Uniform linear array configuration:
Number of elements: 16
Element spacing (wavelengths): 0.5
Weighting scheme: blackman
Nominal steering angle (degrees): -45
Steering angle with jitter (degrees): -44.501
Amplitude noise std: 0.05
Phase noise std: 0.05

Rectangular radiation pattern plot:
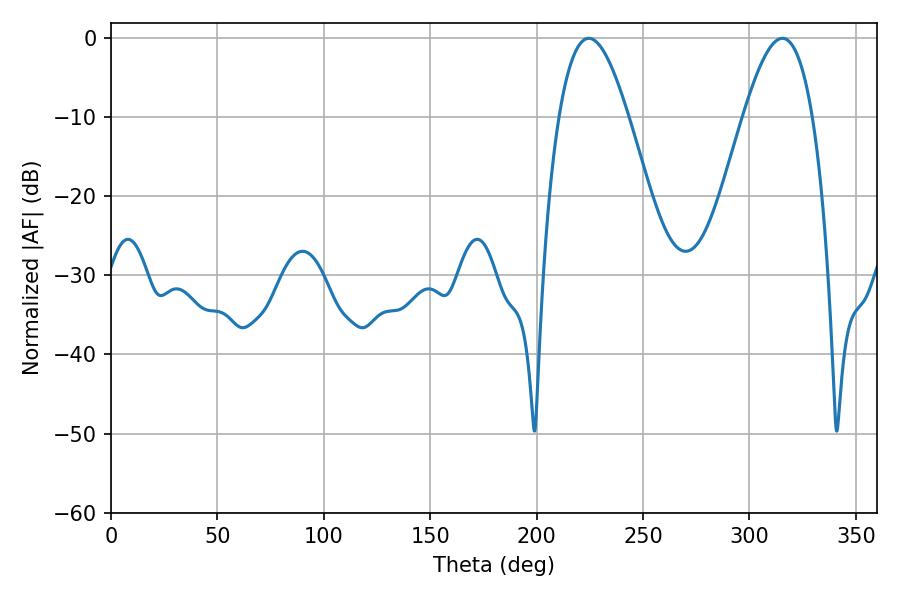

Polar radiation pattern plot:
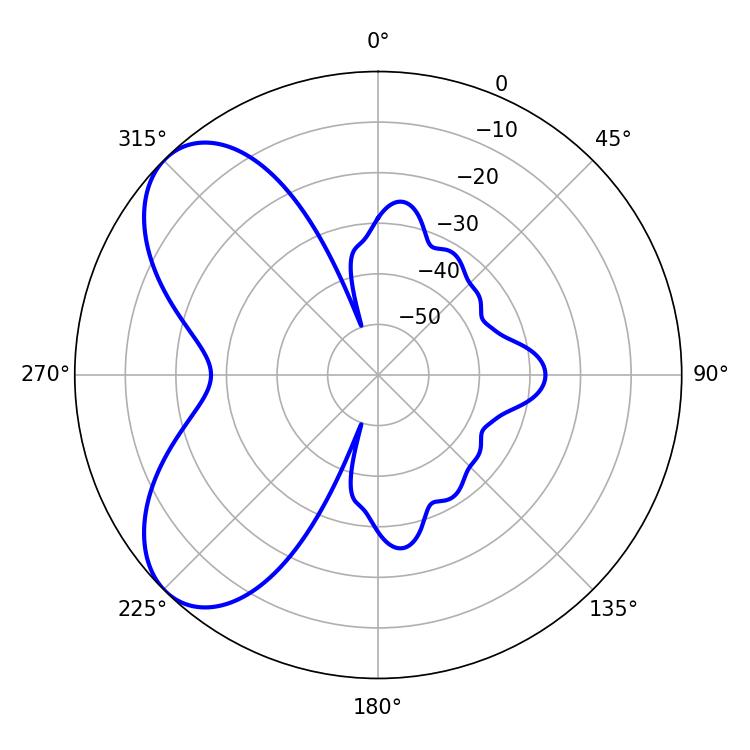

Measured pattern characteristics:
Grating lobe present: FALSE
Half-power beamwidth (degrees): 17.64
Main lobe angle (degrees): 224.46